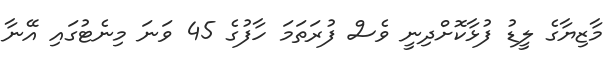
މާޒިޔާގެ ލީޑު ފުޅާކޮށްދިނީ ވެސް ފުރަތަމަ ހާފުގެ 45 ވަނަ މިނެޓުގައި އޭނާ